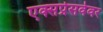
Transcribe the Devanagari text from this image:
एक्सप्रेसवेवर